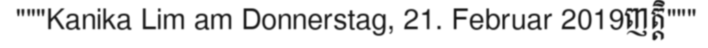
"""Kanika Lim am Donnerstag, 21. Februar 2019ញត្តិ"""